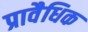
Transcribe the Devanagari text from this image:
प्रावैधिक